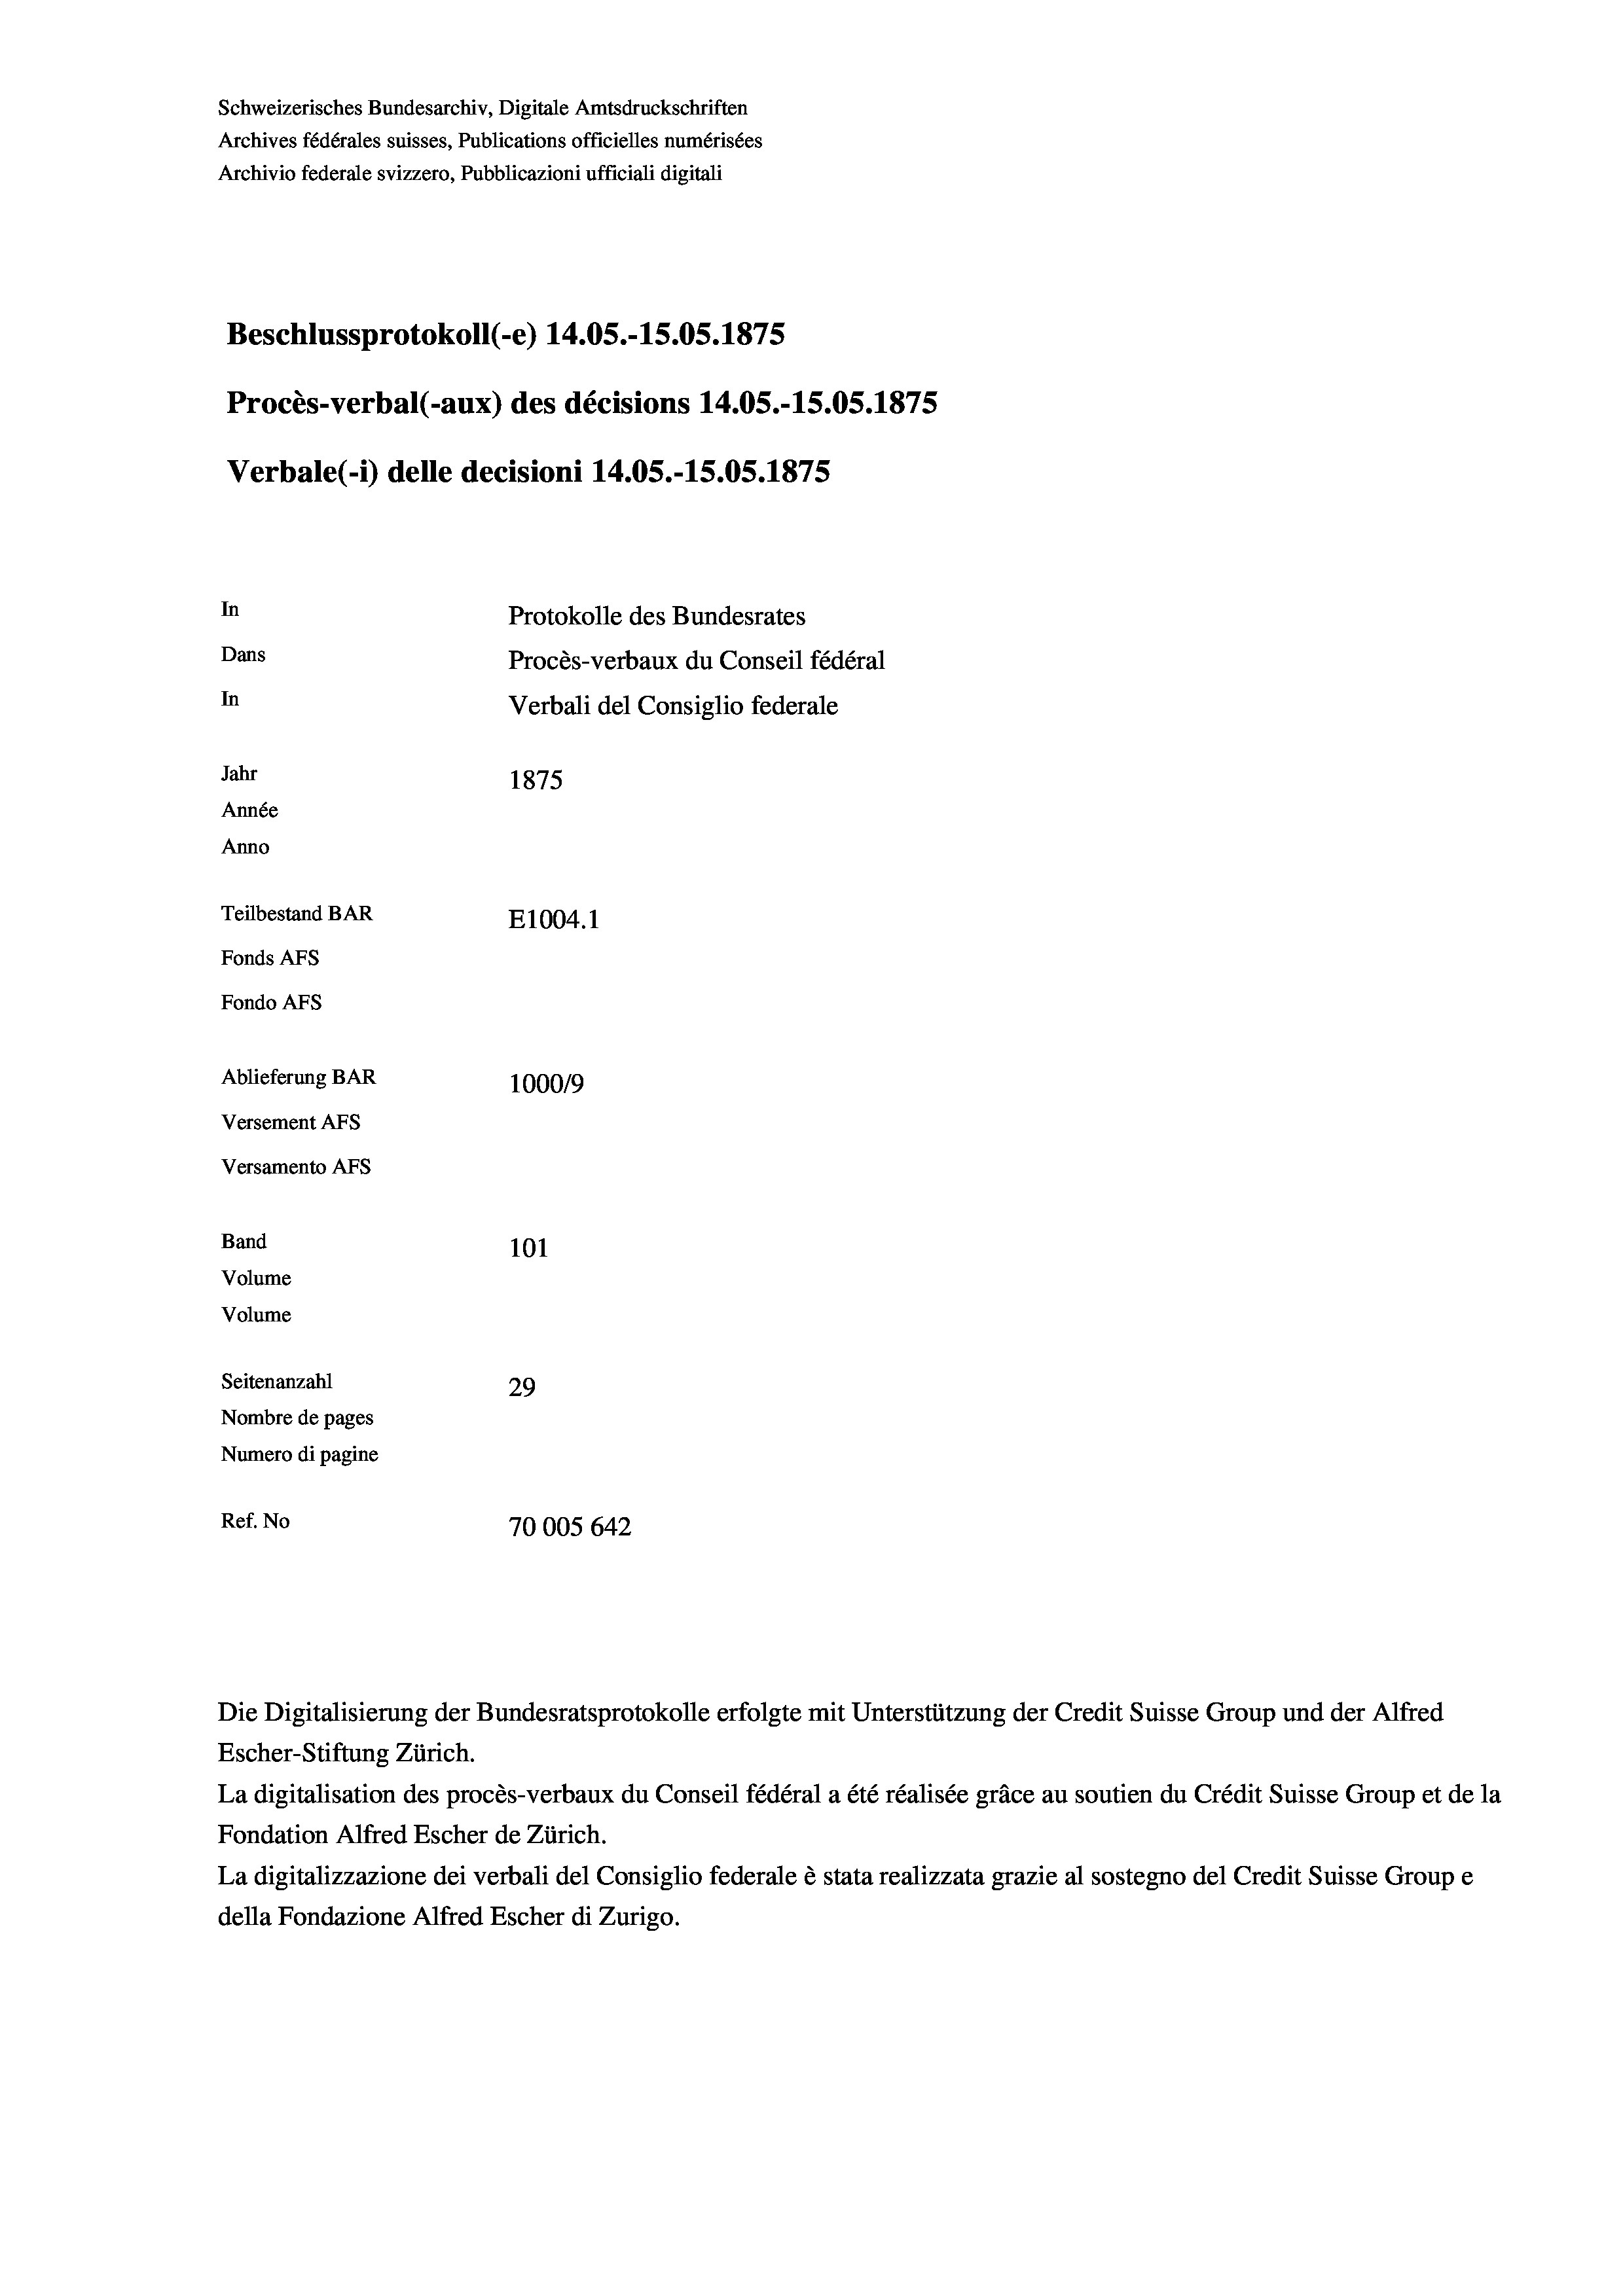
Schweizerisches Bundesarchiv, Digitale Amtsdruckschriften
Archives fédérales suisses, Publications officielles numérisées
Archivio federale svizzero, Pubblicazioni ufficiali digitali
Beschlussprotokoll (-e) 14.05.-15.05. 1875
Procès-verbal (-aux) des décisions 14.05.-15.05. 1875
Verbale (- 1) delle decisioni 14.05.-15.05. 1875
In
Protokolle des Bundesrates
Dans
Procès-verbaux du Conseil fédéral
In
Verbali del Consiglio federale
Jahr
1875
Année
Anno
Teilbestand BAR
E1004. 1
Fonds Afs
Fondo Afs
Ablieferung BAR
100019
Versement AFs
Versamento Afs
Band
101
Volume
Volume
Seitenanzahl
29
Nombre de pages
Numero di pagine
Ref. No
70005 642

Escher-Stiftung Zürich.
La digitalisation des procès-verbaux du Conseil fédéral a été réalisée gräce au soutien du Crédit Suisse Group et de la
Fondation Alfred Escher de Zürich.
La digitalizzazione dei verbali del Consiglio federale è stata realizzata grazie al sostegno del Credit Suisse Groupe
della Fondazione Alfred Escher di Zurigo.

Die Digitalisierung der Bundesratsprotokolle erfolgte mit Unterstützung der Credit Suisse Group und der Alfred